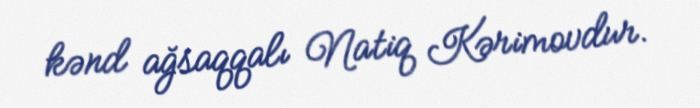
kənd ağsaqqalı Natiq Kərimovdur.